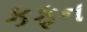
કફન